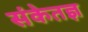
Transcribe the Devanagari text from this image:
संकेतज्ञ